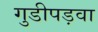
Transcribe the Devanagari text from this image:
गुडीपड़वा